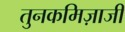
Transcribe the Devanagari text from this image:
तुनकमिज़ाजी